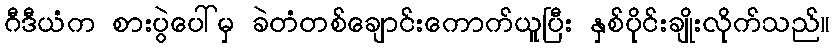
ဂီဒီယံက စားပွဲပေါ်မှ ခဲတံတစ်ချောင်းကောက်ယူပြီး နှစ်ပိုင်းချိုးလိုက်သည်။